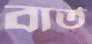
বার্ত